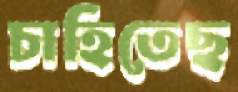
চাহিতেছ